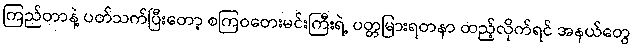
ကြည်တာနဲ့ ပတ်သက်ပြီးတော့ စကြဝတေးမင်းကြီးရဲ့ ပတ္တမြားရတနာ ထည့်လိုက်ရင် အနယ်တွေ